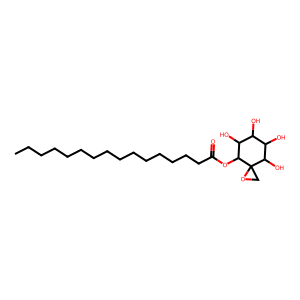
SMILES: CCCCCCCCCCCCCCCC(=O)OC1C(O)C(O)C(O)C(O)C12CO2
Inhibits HIV replication: No